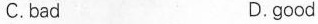
C.bad D.good